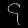
Digit: ၄